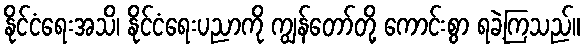
နိုင်ငံရေးအသိ၊ နိုင်ငံရေးပညာကို ကျွန်တော်တို့ ကောင်းစွာ ရခဲ့ကြသည်။